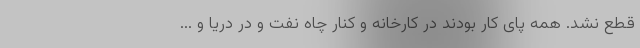
قطع نشد. همه پای کار بودند در کارخانه و کنار چاه نفت و در دریا و ...